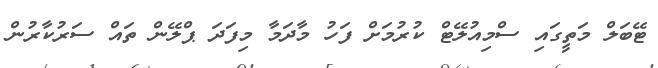
ޓޭބަލް މަތީގައި ސްމިއުލޭޓް ކުރުމަށް ފަހު މާދަމާ މިފަދަ ޕްލޭން ތައް ސަރުކާރުން